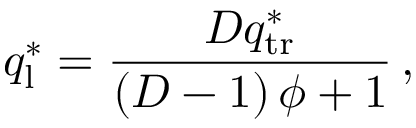
q _ { \mathrm { l } } ^ { * } = \frac { D q _ { \mathrm { t r } } ^ { * } } { \left( D - 1 \right) \phi + 1 } \, ,